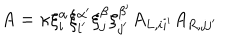
A = \kappa \xi _ { i } ^ { \alpha } \xi _ { i ^ { \prime } } ^ { \alpha ^ { \prime } } \xi _ { j } ^ { \beta } \xi _ { j ^ { \prime } } ^ { \beta ^ { \prime } } A _ { L , i i ^ { \prime } } A _ { R , j j ^ { \prime } }